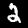
Digit: 2